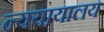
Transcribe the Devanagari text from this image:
न्ययायालय